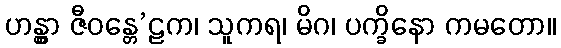
ဟန္တွာ ဇီဝန္တေ’ဠက၊ သူကရ၊ မိဂ၊ ပက္ခိနော ကမတော။